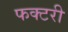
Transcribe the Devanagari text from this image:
फक्टरी